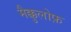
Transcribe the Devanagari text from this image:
मैक्कुलोफ़